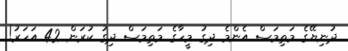
ދުނިޔޭގެ މަތިމަސް އެންމެ ދިގު މީހާގެ މަތިމަަސް ދިގު ކުރަން 42 އަހަރު!